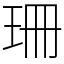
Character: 珊